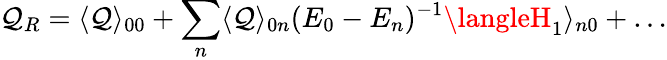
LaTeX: \mathcal{Q}_{R}=\langle\mathcal{Q}\rangle_{00}+\sum_{n}\langle\mathcal{Q}\rangle_{0n}(E_{0}-E_{n})^{-1}\langleH_{1}\rangle_{n0}+\dots